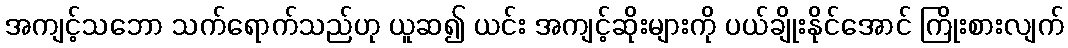
အကျင့်သဘော သက်ရောက်သည်ဟု ယူဆ၍ ယင်း အကျင့်ဆိုးများကို ပယ်ချိုးနိုင်အောင် ကြိုးစားလျက်